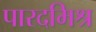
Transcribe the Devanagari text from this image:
पारदमिश्र